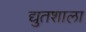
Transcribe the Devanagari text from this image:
द्युतशाला